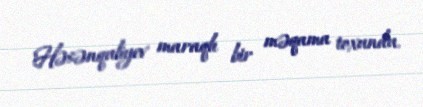
Həsənquliyev maraqlı bir məqama toxundu.